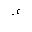
Letter: _hamza